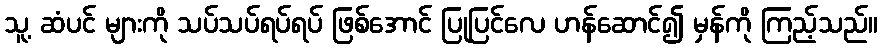
သူ့ ဆံပင် များကို သပ်သပ်ရပ်ရပ် ဖြစ်အောင် ပြုပြင်လေ ဟန်ဆောင်၍ မှန်ကို ကြည့်သည်။